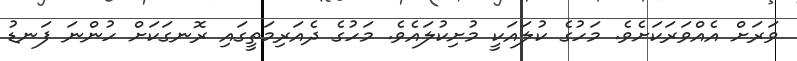
ވަރަށް އެއްވަރަކަށެވެ. މަހުގެ ކުލައަކީ މުށިކުލައެވެ. މަހުގެ ދެއަރިމަތީގައި ރޮނގަކަށް ހުންނަ ފަނޑު